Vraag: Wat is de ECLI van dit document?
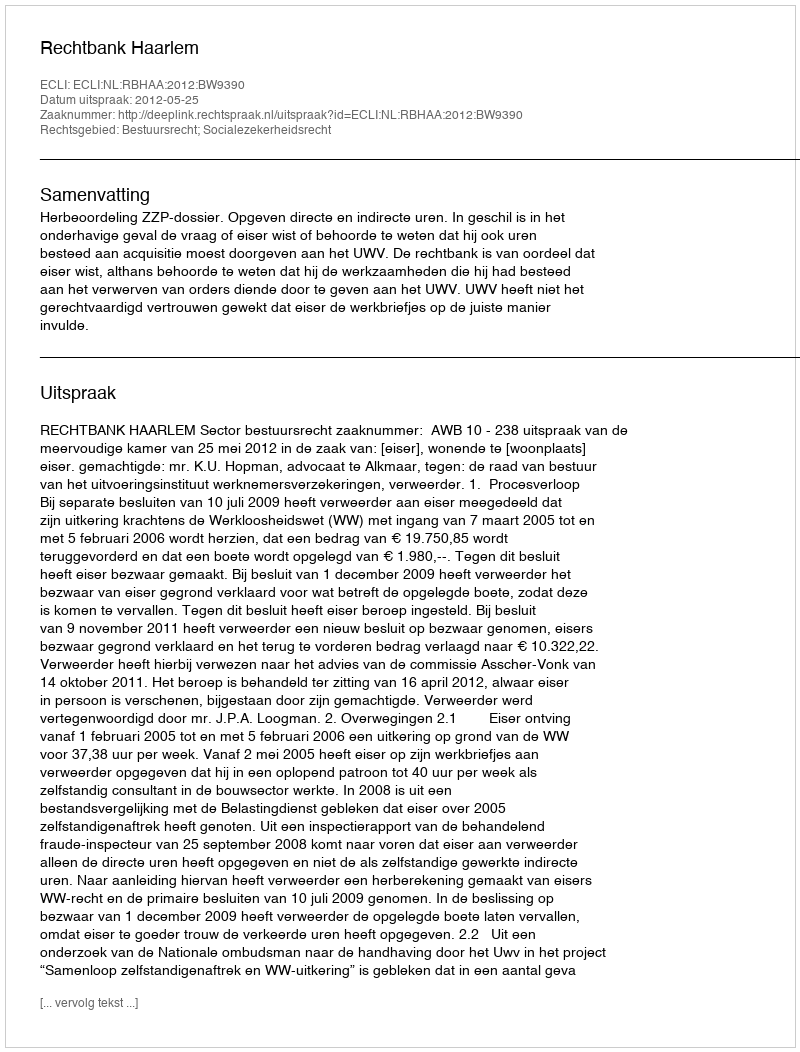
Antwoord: ECLI:NL:RBHAA:2012:BW9390